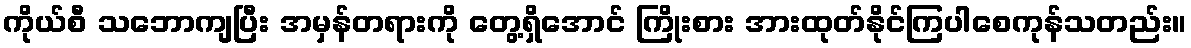
ကိုယ်စီ သဘောကျပြီး အမှန်တရားကို တွေ့ရှိအောင် ကြိုးစား အားထုတ်နိုင်ကြပါစေကုန်သတည်း။